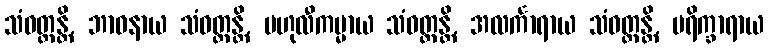
သံဝတ္တန္တိ, ဘာဝနာယ သံဝတ္တန္တိ, ဗဟုလီကမ္မာယ သံဝတ္တန္တိ, အလင်္ကာရာယ သံဝတ္တန္တိ, ပရိက္ခာရာယ